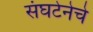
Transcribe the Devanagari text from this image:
संघटेनेचे